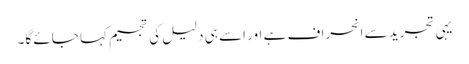
یہی تجرید سے انحراف ہے اور اسے ہی دلیل کی تجسیم کہا جائے گا۔